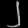
Digit: ၂